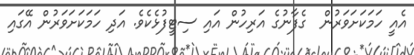
އެއީ ހަމަކަށަވަރުން  ގެފާނުގެ އަރިހުން އައި ސިޓީފުޅެކެވެ. އަދި ހަމަކަށަވަރުން އޭގައި